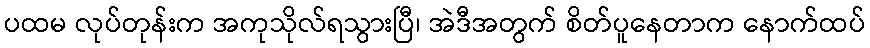
ပထမ လုပ်တုန်းက အကုသိုလ်ရသွားပြီ၊ အဲဒီအတွက် စိတ်ပူနေတာက နောက်ထပ်